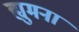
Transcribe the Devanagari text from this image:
ह्युमना